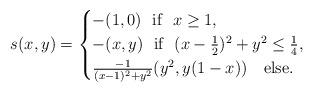
LaTeX: \begin{align*}s(x,y)=\begin{cases} -(1,0) \ \ \mbox{if } \ x\geq 1,\\ -(x,y) \ \ \mbox{if } \ (x-\frac{1}{2})^2 + y^2 \leq \frac{1}{4},\\ \frac{-1}{(x-1)^2+y^2} (y^2,y(1-x)) \ \ \ \mbox{else} .\end{cases}\end{align*}